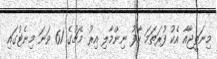
މިނަތީޖާއާ އެކު ފުރަތަމަ ހާފު ނިންމާލި އިރު މެޗުގެ 61 ވަނަ މިނެޓުގައި